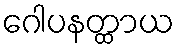
ဂေါပနတ္ထာယ